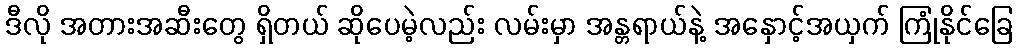
ဒီလို အတားအဆီးတွေ ရှိတယ် ဆိုပေမဲ့လည်း လမ်းမှာ အန္တရာယ်နဲ့ အနှောင့်အယှက် ကြုံနိုင်ခြေ